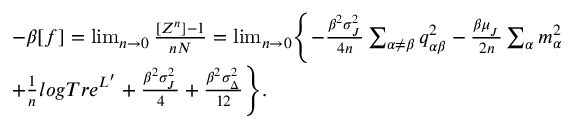
\begin{array} { r l } & { - \beta [ f ] = \operatorname* { l i m } _ { n \rightarrow 0 } \frac { [ Z ^ { n } ] - 1 } { n N } = \operatorname* { l i m } _ { n \rightarrow 0 } \Biggl \{ - \frac { \beta ^ { 2 } \sigma _ { _ { J } } ^ { 2 } } { 4 n } \sum _ { \alpha \neq \beta } q _ { \alpha \beta } ^ { 2 } - \frac { \beta \mu _ { _ { J } } } { 2 n } \sum _ { \alpha } m _ { \alpha } ^ { 2 } } \\ & { + \frac { 1 } { n } l o g T r e ^ { L ^ { \prime } } + \frac { \beta ^ { 2 } \sigma _ { _ { J } } ^ { 2 } } { 4 } + \frac { \beta ^ { 2 } \sigma _ { _ { \Delta } } ^ { 2 } } { 1 2 } \Biggr \} . } \end{array}